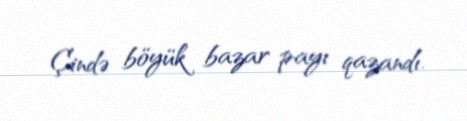
Çində böyük bazar payı qazandı.